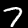
Digit: 7